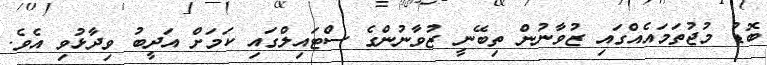
ބޮޑު މުޖުތަމައެއްގައި ޒުވާނުން ތިބޭނީ ޒުވާނުންގެ ސްޓައިލްގައި ކަމަށް އަދީބު ވިދާޅުވި އެވެ.